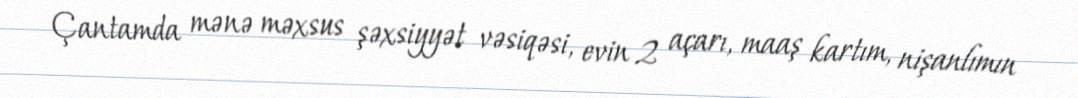
Çantamda mənə məxsus şəxsiyyət vəsiqəsi, evin 2 açarı, maaş kartım, nişanlımın